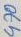
Text: 470